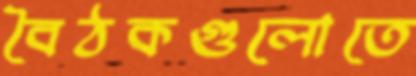
বৈঠকগুলোতে